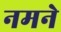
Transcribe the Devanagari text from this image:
नमने